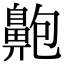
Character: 䶌